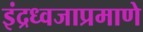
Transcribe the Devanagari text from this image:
इंद्रध्वजाप्रमाणे